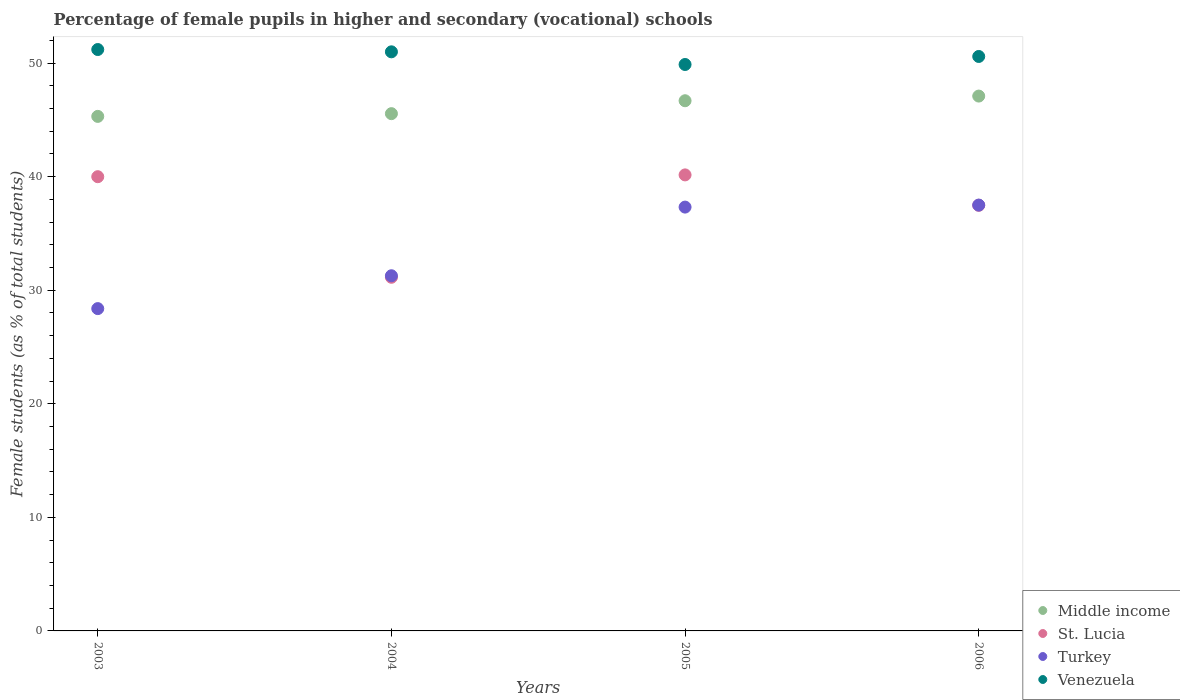
| Years | Middle income | St. Lucia | Turkey | Venezuela |
 | --- | --- | --- | --- | --- |
 | 2003 | 45.3 | 40 | 28.4 | 51.2 |
 | 2004 | 45.6 | 31.1 | 31.3 | 51 |
 | 2005 | 46.7 | 40.2 | 37.3 | 49.9 |
 | 2006 | 47.1 | 37.5 | 37.5 | 50.6 |